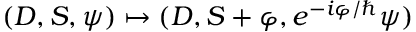
( D , S , \psi ) \mapsto ( D , S + \varphi , e ^ { - i \varphi / \hbar } \psi )